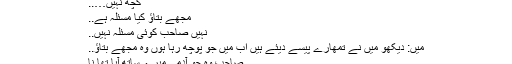
( میں نے تجسُس میں پوچھا میرا مقصد کامیاب ہو رہا تھا )
کچھ نہیں…..
مجھے بتاؤ کیا مسئلہ ہے..
نہیں صاحب کوئی مسئلہ نہیں..
میں: دیکھو میں نے تمھارے پیسے دیئے ہیں اب میں جو پوچھ رہا ہوں وہ مجھے بتاؤ..
صاحب وہ جو آدمی میرے ساتھ آیا تھا نا
میں: ہاں وہ بڈھا سا…؟